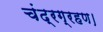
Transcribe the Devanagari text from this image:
चंद्रग्रहण।